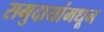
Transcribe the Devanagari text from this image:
समुदायांमधून